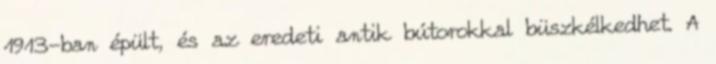
1913-ban épült, és az eredeti antik bútorokkal büszkélkedhet. A